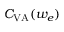
C _ { \mathrm { V A } } ( w _ { e } )